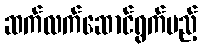
ဆက်လက်ဆောင်ရွက်မည့်